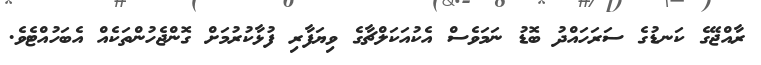
ރާއްޖޭގެ ކަނޑުގެ ސަރަހައްދު ބޮޑު ނަމަވެސް އެކުއަކަލްޗާގެ ވިޔަފާރި ފުޅާކުރުމަށް ގޮންޖެހުންތަކެއް އެބަހުއްޓެވެ.